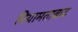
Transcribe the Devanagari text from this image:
नियामताबाद